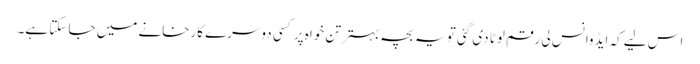
اس لیے کہ ایڈوانس لی رقم لوٹا دی گئی تو یہ بچہ بہتر تن خواہ پر کسی دوسرے کارخانے میں جا سکتا ہے۔